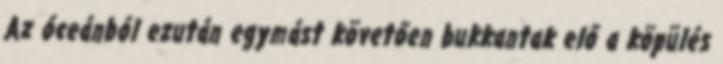
Az óceánból ezután egymást követően bukkantak elő a köpülés